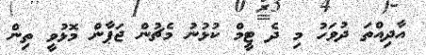
އާދިއްތަ ދުވަހު މި ދެ ޓީމް ކުޅުނު މެޗުން ޖަޕާން މޮޅުވީ ތިން